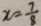
x = \frac { 7 } { 8 }